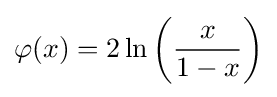
\varphi (x)=2\ln \left({\frac {x}{1-x}}\right)